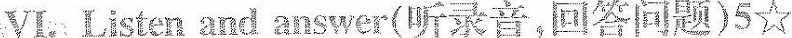
VI.Listen and answer (听录音，回答问题）5☆